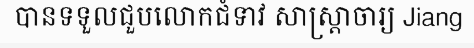
បានទទួលជួបលោកជំទាវ សាស្ត្រាចារ្យ Jiang